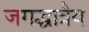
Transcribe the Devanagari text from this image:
जगद्धात्रैय